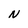
Character: N